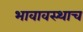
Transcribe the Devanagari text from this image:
भावावस्थाच